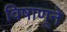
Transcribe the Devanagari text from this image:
विषाणूने